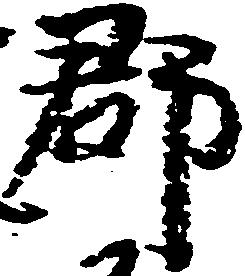
郡